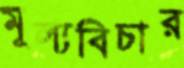
মূল্যবিচার